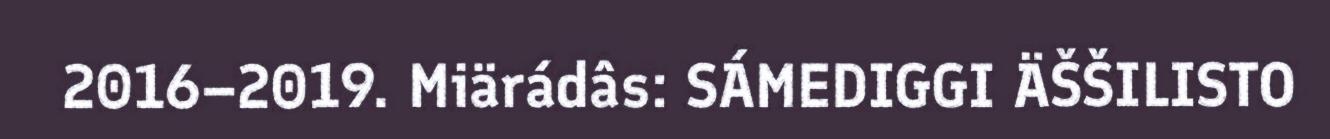
2016–2019. Miärádâs: SÁMEDIGGI ÄŠŠILISTO